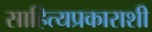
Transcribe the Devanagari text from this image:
साहित्यप्रकाराशी